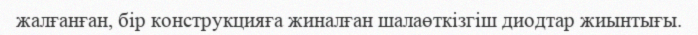
жалғанған, бір конструкцияға жиналған шалаөткізгіш диодтар жиынтығы.